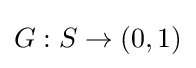
G:S\to (0,1)